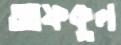
আফকুল